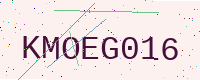
Text: KMOEG016